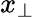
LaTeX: x_{\perp}